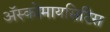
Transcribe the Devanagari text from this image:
अॅस्कोमायसिटिस